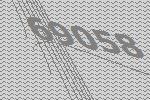
69058